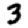
Digit: 3